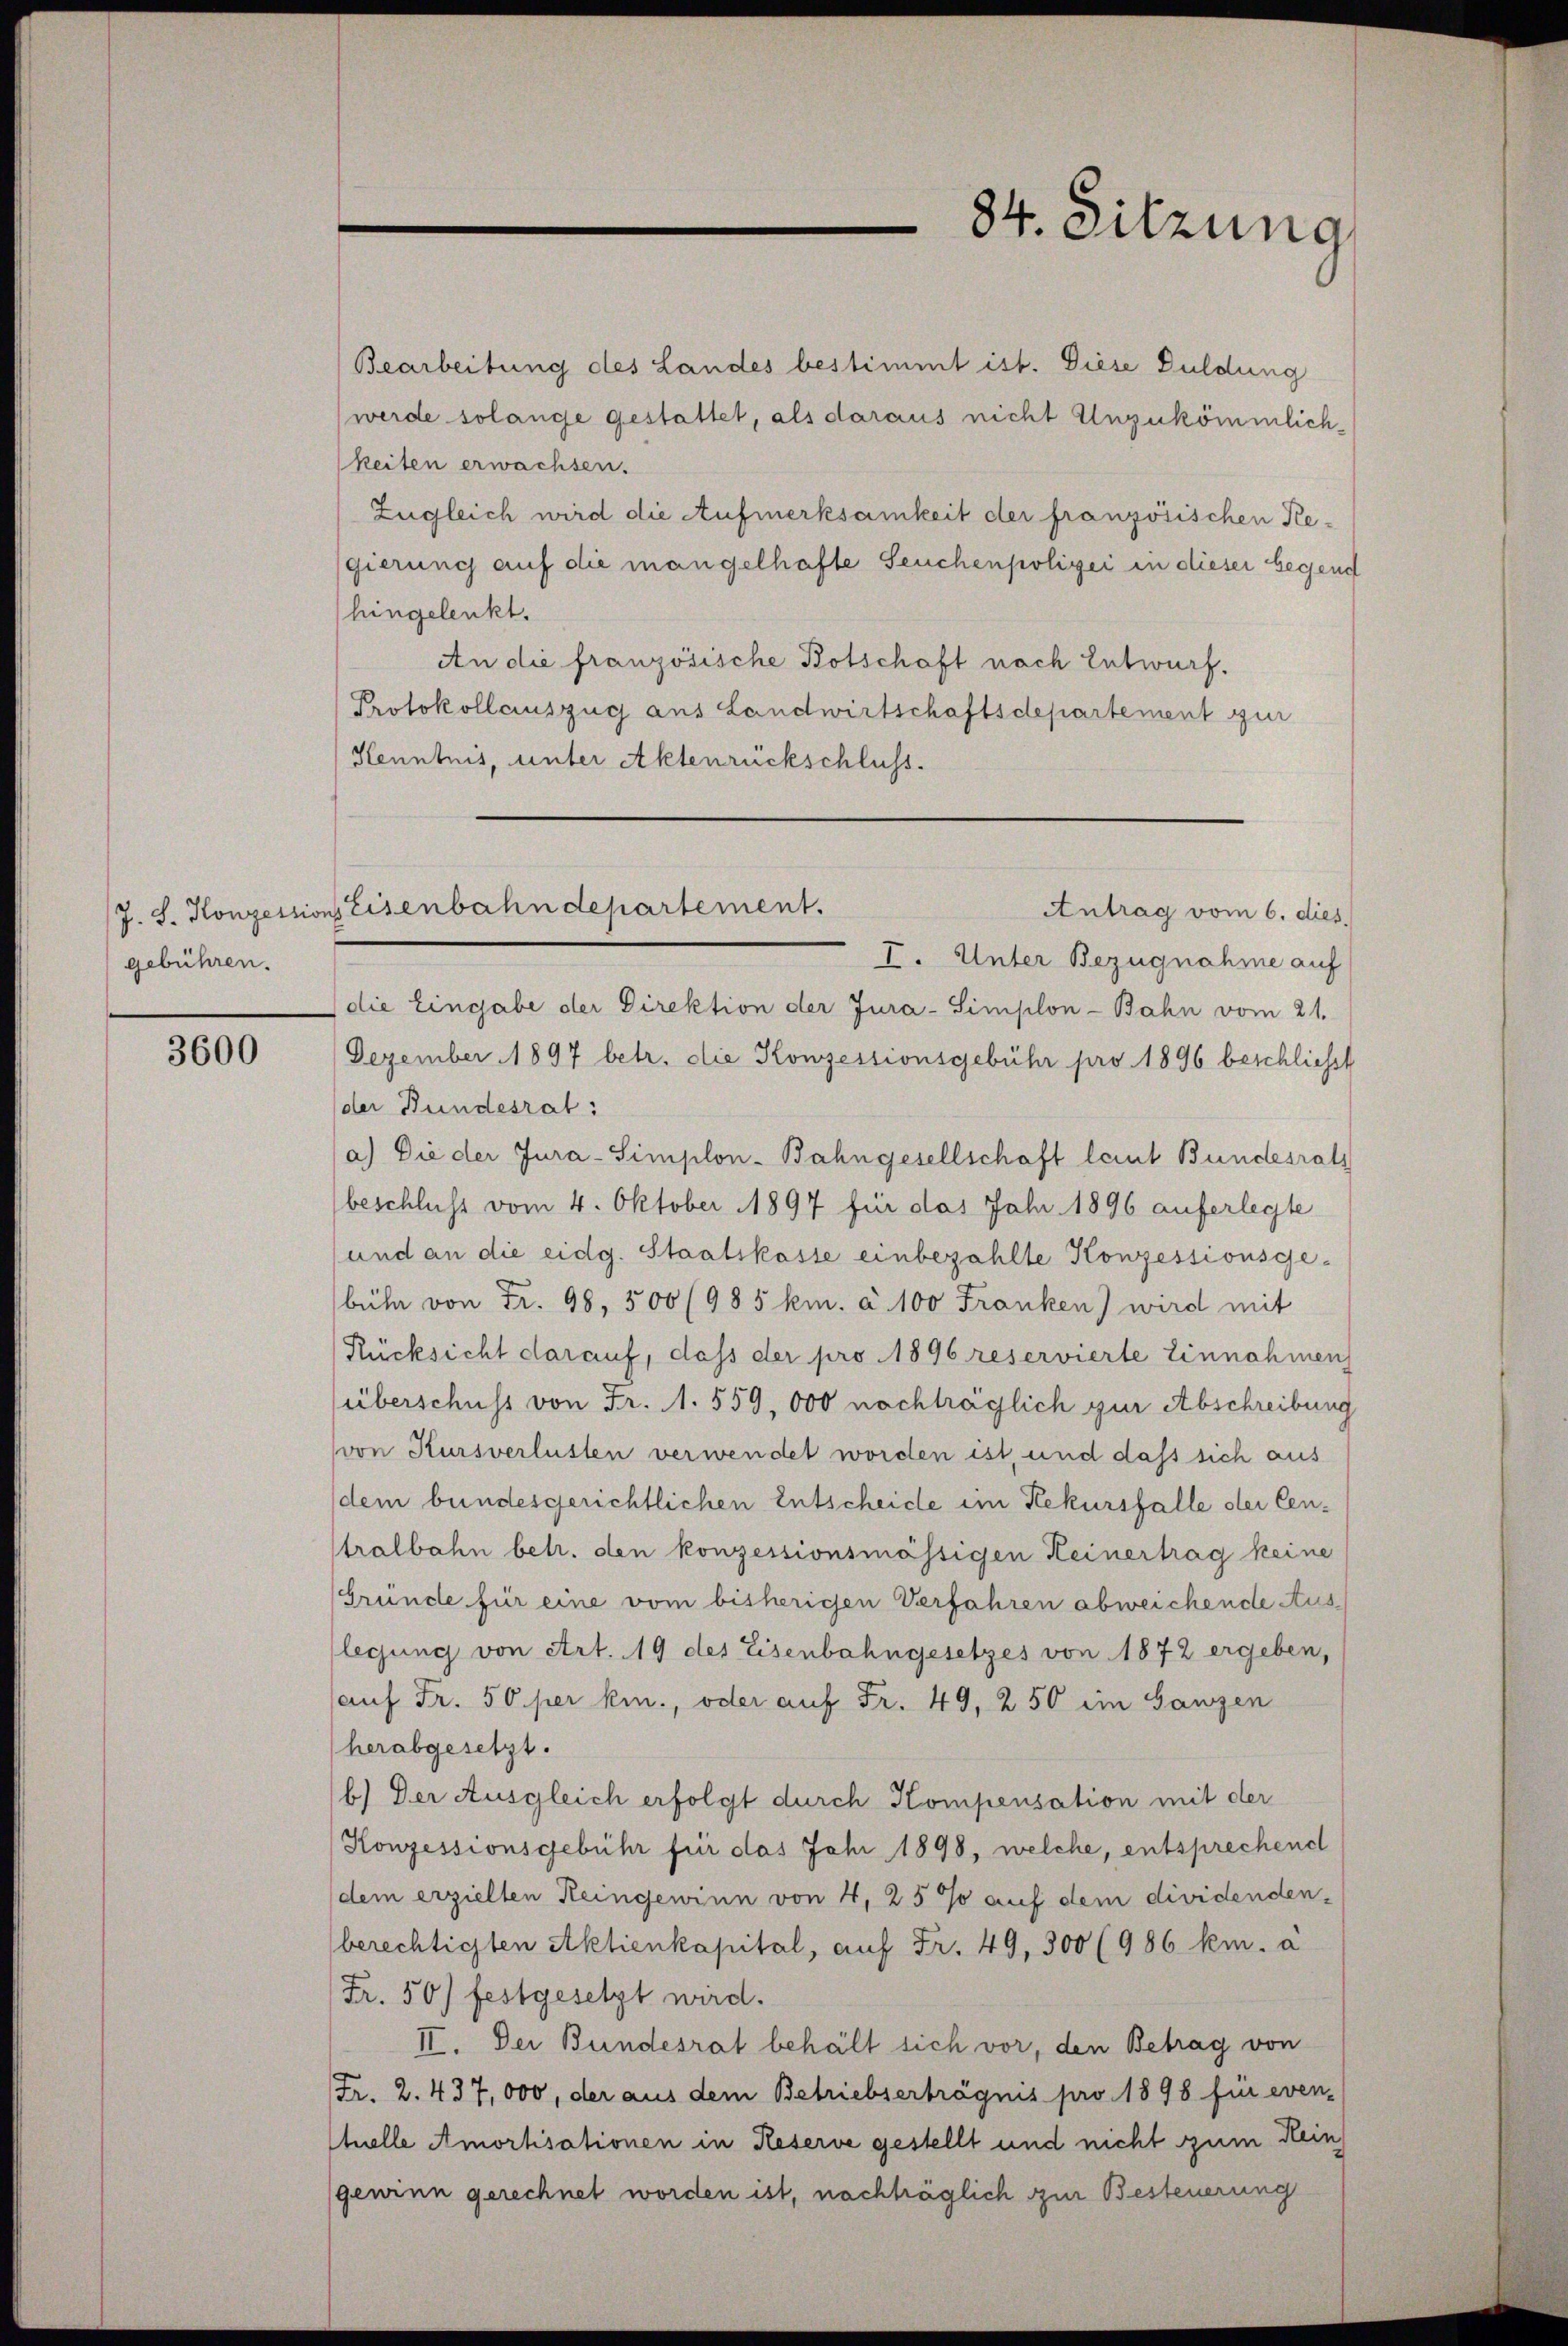
gebühren.

3600

Bearbeitung des Landes bestimmt ist. Diese Duldung
werde solange gestattet, als daraus nicht Unzukömmlich-
keiten erwachsen.
Zugleich wird die Aufmerksamkeit der französischen Kegierung auf die mangelhafte Seuchenpolizei in dieser begend
hingelenkt.
An die französische Botschaft nach Entwurf.
Protokollauszug aus Landwirtschaftsdepartement zur
Kenntnis, unter Aktenrückschluss.

I. Unter Bezugnahme auf
die Eingabe der Direktion der Jura-Simplon-Bahn vom 21.
Dezember 1897 betr. die Konzessionsgebühr pro. 1896 beschliesst
der Bundesrat:
a) Die der Jura-Simplon-Bahngesellschaft laut Bundesrath
beschluss vom 4. Oktober 1897 für das Jahr 1896 auferlegte
und an die eidg. Staatskasse einbezahlte Konzessionsge-
bühn von Fr. 98, 500 (985 km. a. 100 Franken) wird mit
Rücksicht darauf, dass der pro 1896 reservierte Einnahmen
überschuss von Fr. 1. 559, 000 nachträglich zur Abschreibung
von Kursverlusten verwendet worden ist, und dass sich aus
dem bundesgerichtlichen Entscheide im Rekursfalle der Centralbahn betr. den konzessionsmässigen Heinertrag keine
Gründe für eine vom bisherigen Verfahren abweichende Auslegung von Art. 19 des Eisenbahngesetzes von 1872 ergeben,
auf Fr. 50 per kin., oder auf Fr. 49, 250 im Ganzen
herabgesetzt.
b.) Der Ausgleich erfolgt durch Kompensation mit der
Konzessionsgebühr für das Jahr 1898, welche, entsprechend
(dem erzielten Reingewinn von 4, 25% auf dem dividenden-
berechtigten Aktienkapital, auf Fr. 49, 300 (986 km. a
Fr. 50) festgesetzt wird.
II. Der Bundesrat behält sich vor, den Betrag von
Fr. 2. 437,000, der aus dem Betriebserträgnis pro 1898 für even-
tuelle Amortisationen in Reserve gestellt und nicht zum Hein
gewinn gerechnet worden ist, nachträglich zur Besteuerung

J. S. Konzessions Eisenbahndepartement.
Antrag vom 6. dies

84. Sitzung